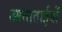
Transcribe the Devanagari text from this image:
आताताईयों